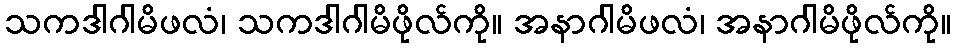
သကဒါဂါမိဖလံ၊ သကဒါဂါမိဖိုလ်ကို။ အနာဂါမိဖလံ၊ အနာဂါမိဖိုလ်ကို။